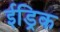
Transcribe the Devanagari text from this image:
ईड्रिक